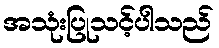
အသုံးပြုသင့်ပါသည်